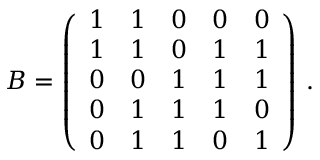
B = \left( \begin{array} { l l l l l } { 1 } & { 1 } & { 0 } & { 0 } & { 0 } \\ { 1 } & { 1 } & { 0 } & { 1 } & { 1 } \\ { 0 } & { 0 } & { 1 } & { 1 } & { 1 } \\ { 0 } & { 1 } & { 1 } & { 1 } & { 0 } \\ { 0 } & { 1 } & { 1 } & { 0 } & { 1 } \end{array} \right) \, .